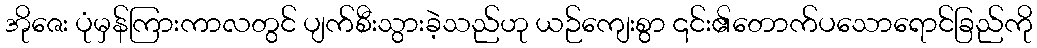
အိုဇေး ပုံမှန်ကြားကာလတွင် ပျက်စီးသွားခဲ့သည်ဟု ယဉ်ကျေးစွာ ၎င်း၏တောက်ပသောရောင်ခြည်ကို